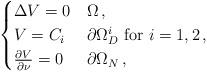
LaTeX: \begin{align*} \begin{cases} \Delta V = 0 & \Omega\,, \\ V=C_i & \partial\Omega_{D} ^i\mbox{ for } i=1,2\,, \\ \frac{\partial V}{\partial\nu} =0 & \partial\Omega_N \,, \end{cases}\end{align*}